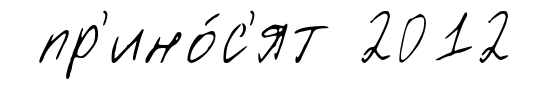
пр'ино́с'ят 2012